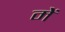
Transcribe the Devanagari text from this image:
मेेें